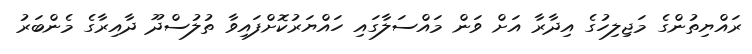
ރައްޔިތުންގެ މަޖިލިހުގެ އިދާރާ އަށް ވަން މައްސަލާގައި ހައްޔަރުކޮށްފައިވާ ތުލުސްދޫ ދާއިރާގެ މެންބަރު